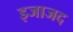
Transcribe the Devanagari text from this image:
इजाजद